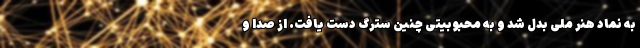
به نماد هنر ملی بدل شد و به محبوبیتی چنین سترگ دست یافت. از صدا و